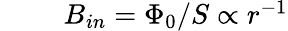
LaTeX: \begin{array}{rlr}{\mathrm{~}}&{{}}&{B_{in}=\Phi_{0}/S\propto r^{-1}}\end{array}